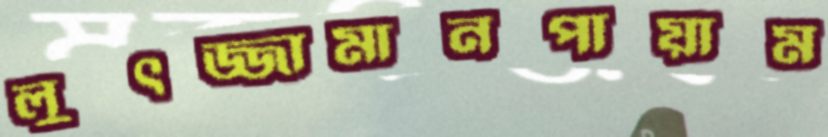
লুৎজ্জামানপায়াম